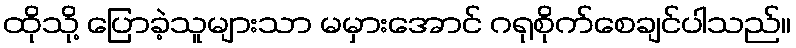
ထိုသို့ ပြောခဲ့သူများသာ မမှားအောင် ဂရုစိုက်စေချင်ပါသည်။